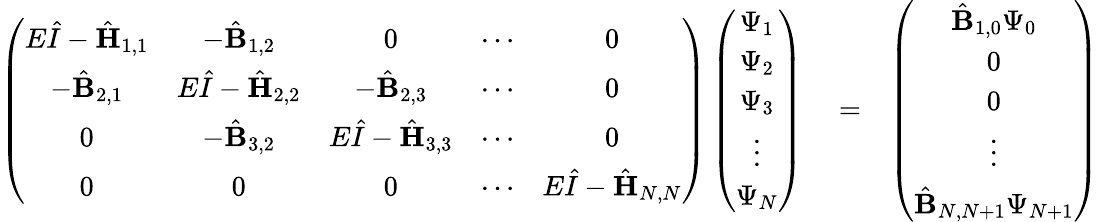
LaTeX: \begin{array}{rlr}{\left(\begin{array}{ccccc}{E\hat{I}-\hat{{\mathbf{H}}}_{1,1}}&{-\hat{{\mathbf{B}}}_{1,2}}&{0}&{\cdots}&{0}\\ {-\hat{{\mathbf{B}}}_{2,1}}&{E\hat{I}-\hat{{\mathbf{H}}}_{2,2}}&{-\hat{{\mathbf{B}}}_{2,3}}&{\cdots}&{0}\\ {0}&{-\hat{{\mathbf{B}}}_{3,2}}&{E\hat{I}-\hat{{\mathbf{H}}}_{3,3}}&{\cdots}&{0}\\ {0}&{0}&{0}&{\cdots}&{E\hat{I}-\hat{\mathbf{H}}_{N,N}}\end{array}\right)\left(\begin{array}{c}{\Psi_{1}}\\ {\Psi_{2}}\\ {\Psi_{3}}\\ {\vdots}\\ {\Psi_{N}}\end{array}\right)}&{{}=}&{\left(\begin{array}{c}{\hat{\mathbf{B}}_{1,0}\Psi_{0}}\\ {0}\\ {0}\\ {\vdots}\\ {\hat{\mathbf{B}}_{N,N+1}\Psi_{N+1}}\end{array}\right)}\end{array}